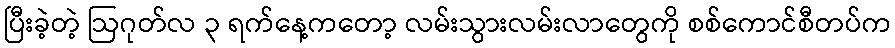
ပြီးခဲ့တဲ့ ဩဂုတ်လ ၃ ရက်နေ့ကတော့ လမ်းသွားလမ်းလာတွေကို စစ်ကောင်စီတပ်က